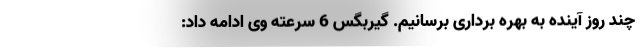
چند روز آینده به بهره برداری برسانیم. گیربگس 6 سرعته وی ادامه داد: